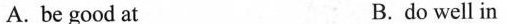
A. be good at B. do well in